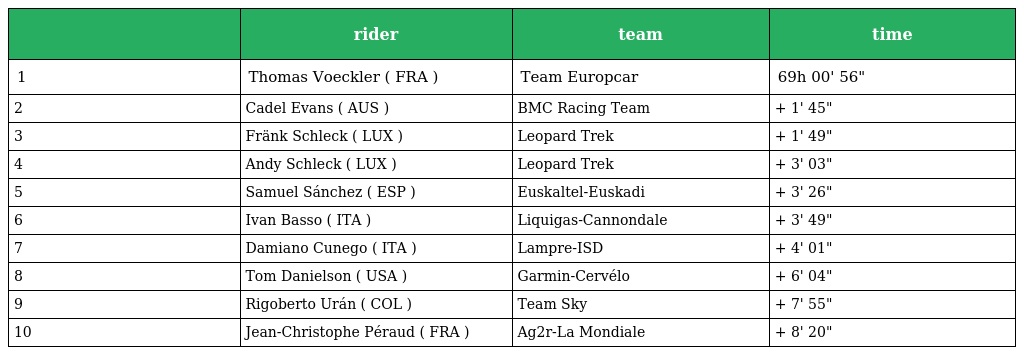
|  | rider | team | time |
 | --- | --- | --- | --- |
 | 1 | Thomas Voeckler ( FRA ) | Team Europcar | 69h 00' 56" |
 | 2 | Cadel Evans ( AUS ) | BMC Racing Team | + 1' 45" |
 | 3 | Fränk Schleck ( LUX ) | Leopard Trek | + 1' 49" |
 | 4 | Andy Schleck ( LUX ) | Leopard Trek | + 3' 03" |
 | 5 | Samuel Sánchez ( ESP ) | Euskaltel-Euskadi | + 3' 26" |
 | 6 | Ivan Basso ( ITA ) | Liquigas-Cannondale | + 3' 49" |
 | 7 | Damiano Cunego ( ITA ) | Lampre-ISD | + 4' 01" |
 | 8 | Tom Danielson ( USA ) | Garmin-Cervélo | + 6' 04" |
 | 9 | Rigoberto Urán ( COL ) | Team Sky | + 7' 55" |
 | 10 | Jean-Christophe Péraud ( FRA ) | Ag2r-La Mondiale | + 8' 20" |